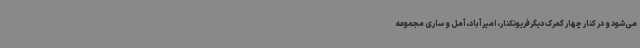
می‌شود و در کنار چهار گمرک دیگرفریونکنار، امیرآباد،آمل و ساری مجموعه